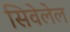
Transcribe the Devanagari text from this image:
सिवेलेल